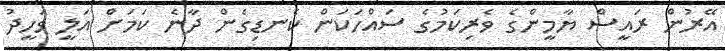
އޭރުން ރައީސް ޔާމީންގެ ވެރިކަމުގެ ސައްހަކަން ކެނޑިގެން ދާނެ ކަމަށް އަލީ ވަހީދު